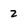
Character: 2